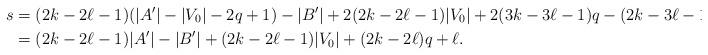
LaTeX: \begin{align*}s &= (2k - 2\ell - 1)(|A'| - |V_0| - 2q + 1) - |B'| + 2(2k- 2\ell-1) |V_0| + 2(3k - 3\ell -1)q - (2k - 3\ell -1) \\ &= (2k - 2\ell -1) |A'| - |B'| + (2k- 2\ell-1) |V_0| + (2k - 2\ell)q + \ell.\end{align*}